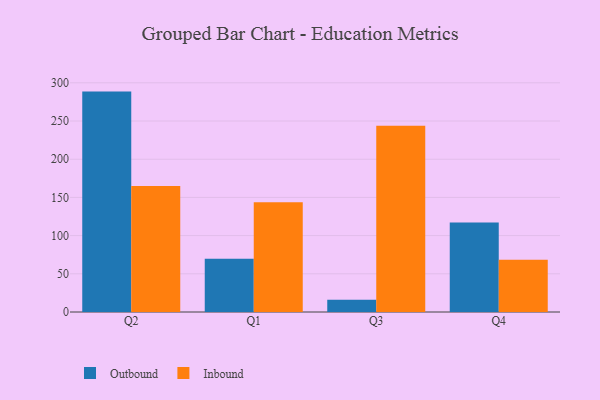
{"axis": {"x": "Quarter", "y": "Gross Profit (USD K)"}, "legend": ["Inbound", "Outbound"], "data": [{"x": "Q2", "y": 288.5, "type": "Outbound"}, {"x": "Q2", "y": 165.0, "type": "Inbound"}, {"x": "Q1", "y": 69.8, "type": "Outbound"}, {"x": "Q1", "y": 143.6, "type": "Inbound"}, {"x": "Q3", "y": 15.9, "type": "Outbound"}, {"x": "Q3", "y": 243.8, "type": "Inbound"}, {"x": "Q4", "y": 117.3, "type": "Outbound"}, {"x": "Q4", "y": 68.3, "type": "Inbound"}]}